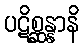
ပဋိစ္ဆန္နာနိ